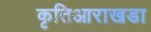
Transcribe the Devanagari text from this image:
कृतिआराखडा